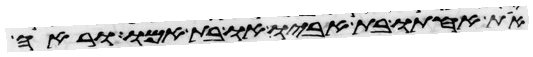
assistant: את אחותו בת אביו או בת אמו וראה